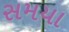
સમયા